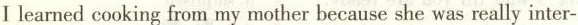
I learned cooking from my mother because she was really inter-